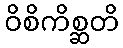
ဝိစိကိစ္ဆတိ